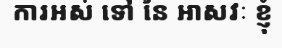
ការអស់ ទៅ នៃ អាសវៈ ខ្ញុំ